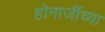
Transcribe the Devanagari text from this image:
होनाजींच्या